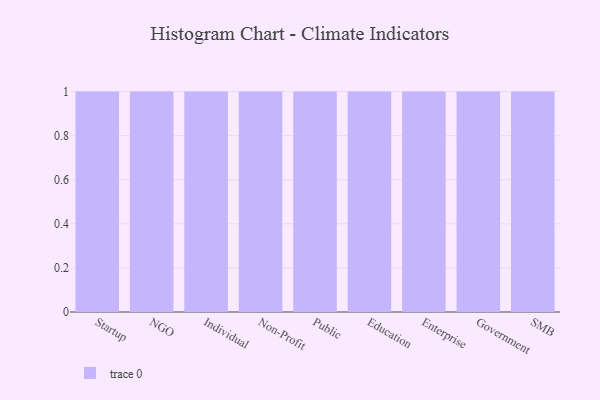
{"axis": {"x": "Segment", "y": "Satisfaction Score"}, "legend": [""], "data": [{"x": "Startup", "y": 88, "type": ""}, {"x": "NGO", "y": 72, "type": ""}, {"x": "Individual", "y": 12, "type": ""}, {"x": "Non-Profit", "y": 30, "type": ""}, {"x": "Public", "y": 20, "type": ""}, {"x": "Education", "y": 23, "type": ""}, {"x": "Enterprise", "y": 10, "type": ""}, {"x": "Government", "y": 52, "type": ""}, {"x": "SMB", "y": 30, "type": ""}]}